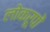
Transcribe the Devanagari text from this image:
लोकरूपों